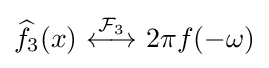
{\widehat {f}}_{3}(x)\ {\stackrel {{\mathcal {F}}_{3}}{\longleftrightarrow }}\ 2\pi f(-\omega )